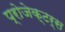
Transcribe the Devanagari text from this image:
प्रोजेक्टर्स